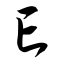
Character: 亡